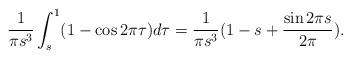
LaTeX: \begin{align*}\frac1{\pi s^3}\int_s^1(1-\cos 2\pi\tau)d\tau=\frac{1}{\pi s^3}(1-s+\frac{\sin{2\pi s}}{2\pi}).\end{align*}